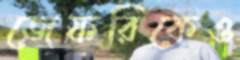
জেফরিকেও